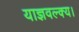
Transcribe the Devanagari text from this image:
याज्ञवल्क्य।